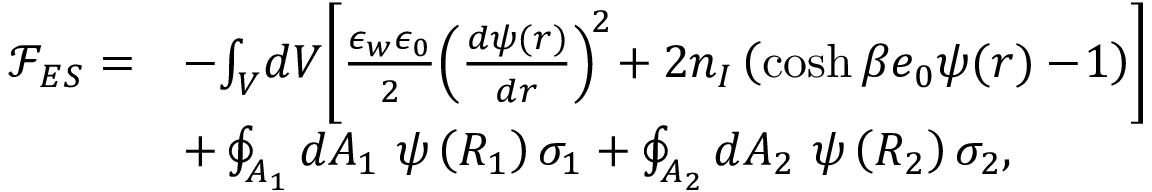
\begin{array} { r l } { { \mathcal F } _ { E S } = } & { - \! \int _ { V } \! d V \! \left[ \frac { \epsilon _ { w } \epsilon _ { 0 } } { 2 } \! \left( \frac { d \psi ( r ) } { d r } \right) ^ { \! 2 } \! + 2 n _ { I } \left( \cosh { \beta e _ { 0 } \psi ( r ) } - \! 1 \right) \right] } \\ & { + \oint _ { A _ { 1 } } d A _ { 1 } ~ \psi \left( R _ { 1 } \right) \sigma _ { 1 } + \oint _ { A _ { 2 } } d A _ { 2 } ~ \psi \left( R _ { 2 } \right) \sigma _ { 2 } , } \end{array}